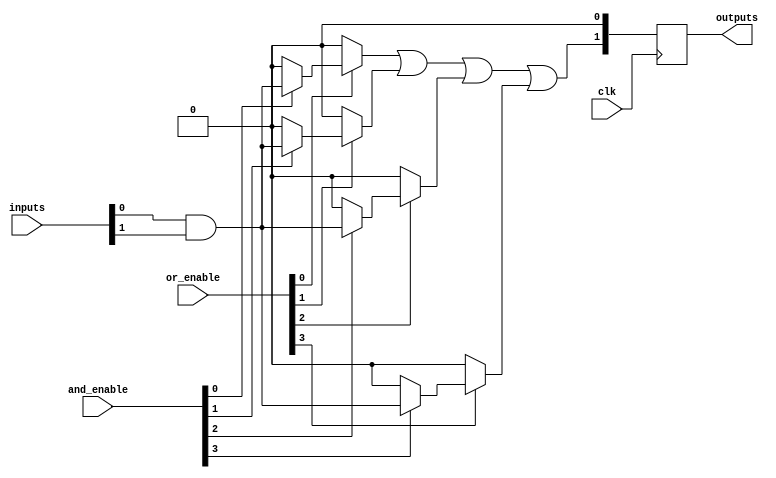
module RPAL #(
    parameter NUM_INPUTS = 4,      // Number of input lines
    parameter NUM_AND_TERMS = 4,    // Number of product terms
    parameter NUM_OUTPUTS = 2       // Number of output lines
)(
    input wire [NUM_INPUTS-1:0] inputs,            // Input lines
    input wire [NUM_AND_TERMS-1:0] and_enable,     // Control signals for AND terms
    input wire [NUM_AND_TERMS-1:0] or_enable,      // Control signals for OR terms
    input wire clk,                                 // Clock input
    output reg [NUM_OUTPUTS-1:0] outputs           // Output lines
);

    // Intermediate product terms
    wire [NUM_AND_TERMS-1:0] product_terms;

    // Programmable AND array
    generate
        genvar i;
        for (i = 0; i < NUM_AND_TERMS; i = i + 1) begin : and_array
            assign product_terms[i] = and_enable[i] ? (inputs[0] & inputs[1]) : 1'b0; // Example AND operation
            // Extend this for other combinations as needed
        end
    endgenerate

    // OR array to combine product terms
    wire or_output;
    assign or_output = (or_enable[0] ? product_terms[0] : 1'b0) |
                       (or_enable[1] ? product_terms[1] : 1'b0) |
                       (or_enable[2] ? product_terms[2] : 1'b0) |
                       (or_enable[3] ? product_terms[3] : 1'b0);

    // Registered outputs
    always @(posedge clk) begin
        outputs <= {or_output, 1'b0}; // Example: Storing OR output in the first output line
        // Extend to store more outputs as needed
    end

endmodule